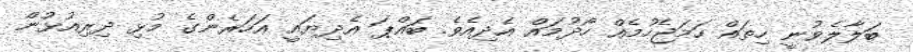
ބަލާލެވުނީ ހިތައް ހަމަޖެހުމެއް ހޯދުމައް އެދިއެވެ. ބައްޕަ އެދިޔައީ އަހަރެންގެ މުޅި ދިރިއުޅުން